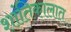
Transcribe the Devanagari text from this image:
शांतिकालात